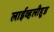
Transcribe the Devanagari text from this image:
लाईव्हलीहूड